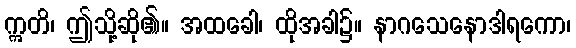
ဣတိ၊ ဤသို့ဆို၏။ အထခေါ၊ ထိုအခါ၌။ နာဂသေနောဒါရကော၊